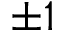
\pm 1